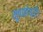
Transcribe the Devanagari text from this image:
मूषकोष्ठी।